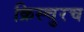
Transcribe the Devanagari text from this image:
क्रिस्चुरच